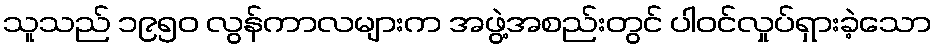
သူသည် ၁၉၅၀ လွန်ကာလများက အဖွဲ့အစည်းတွင် ပါဝင်လှုပ်ရှားခဲ့သော